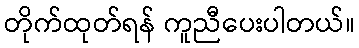
တိုက်ထုတ်ရန် ကူညီပေးပါတယ်။